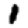
Digit: 1